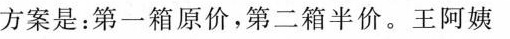
方案是：第一箱原价，第二箱半价。王阿姨